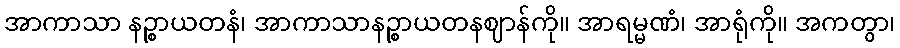
အာကာသာ နဉ္စာယတနံ၊ အာကာသာနဉ္စာယတနဈာန်ကို။ အာရမ္မဏံ၊ အာရုံကို။ အကတွာ၊